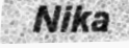
Nika